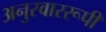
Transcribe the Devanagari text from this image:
अनुस्वाररूपी